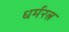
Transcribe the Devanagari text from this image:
धर्मरत्न